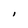
Character: I